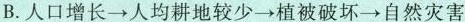
B.人口增长→人均耕地较少→植被破坏→自然灾害